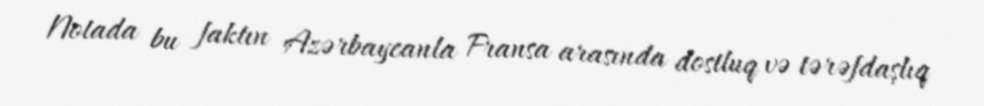
Notada bu faktın Azərbaycanla Fransa arasında dostluq və tərəfdaşlıq